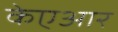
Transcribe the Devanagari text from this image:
केएआर